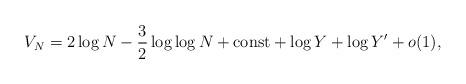
LaTeX: \begin{align*}V_N = 2\log N-\frac{3}{2}\log\log N+{\rm const}+ \log Y+\log Y'+o(1),\end{align*}